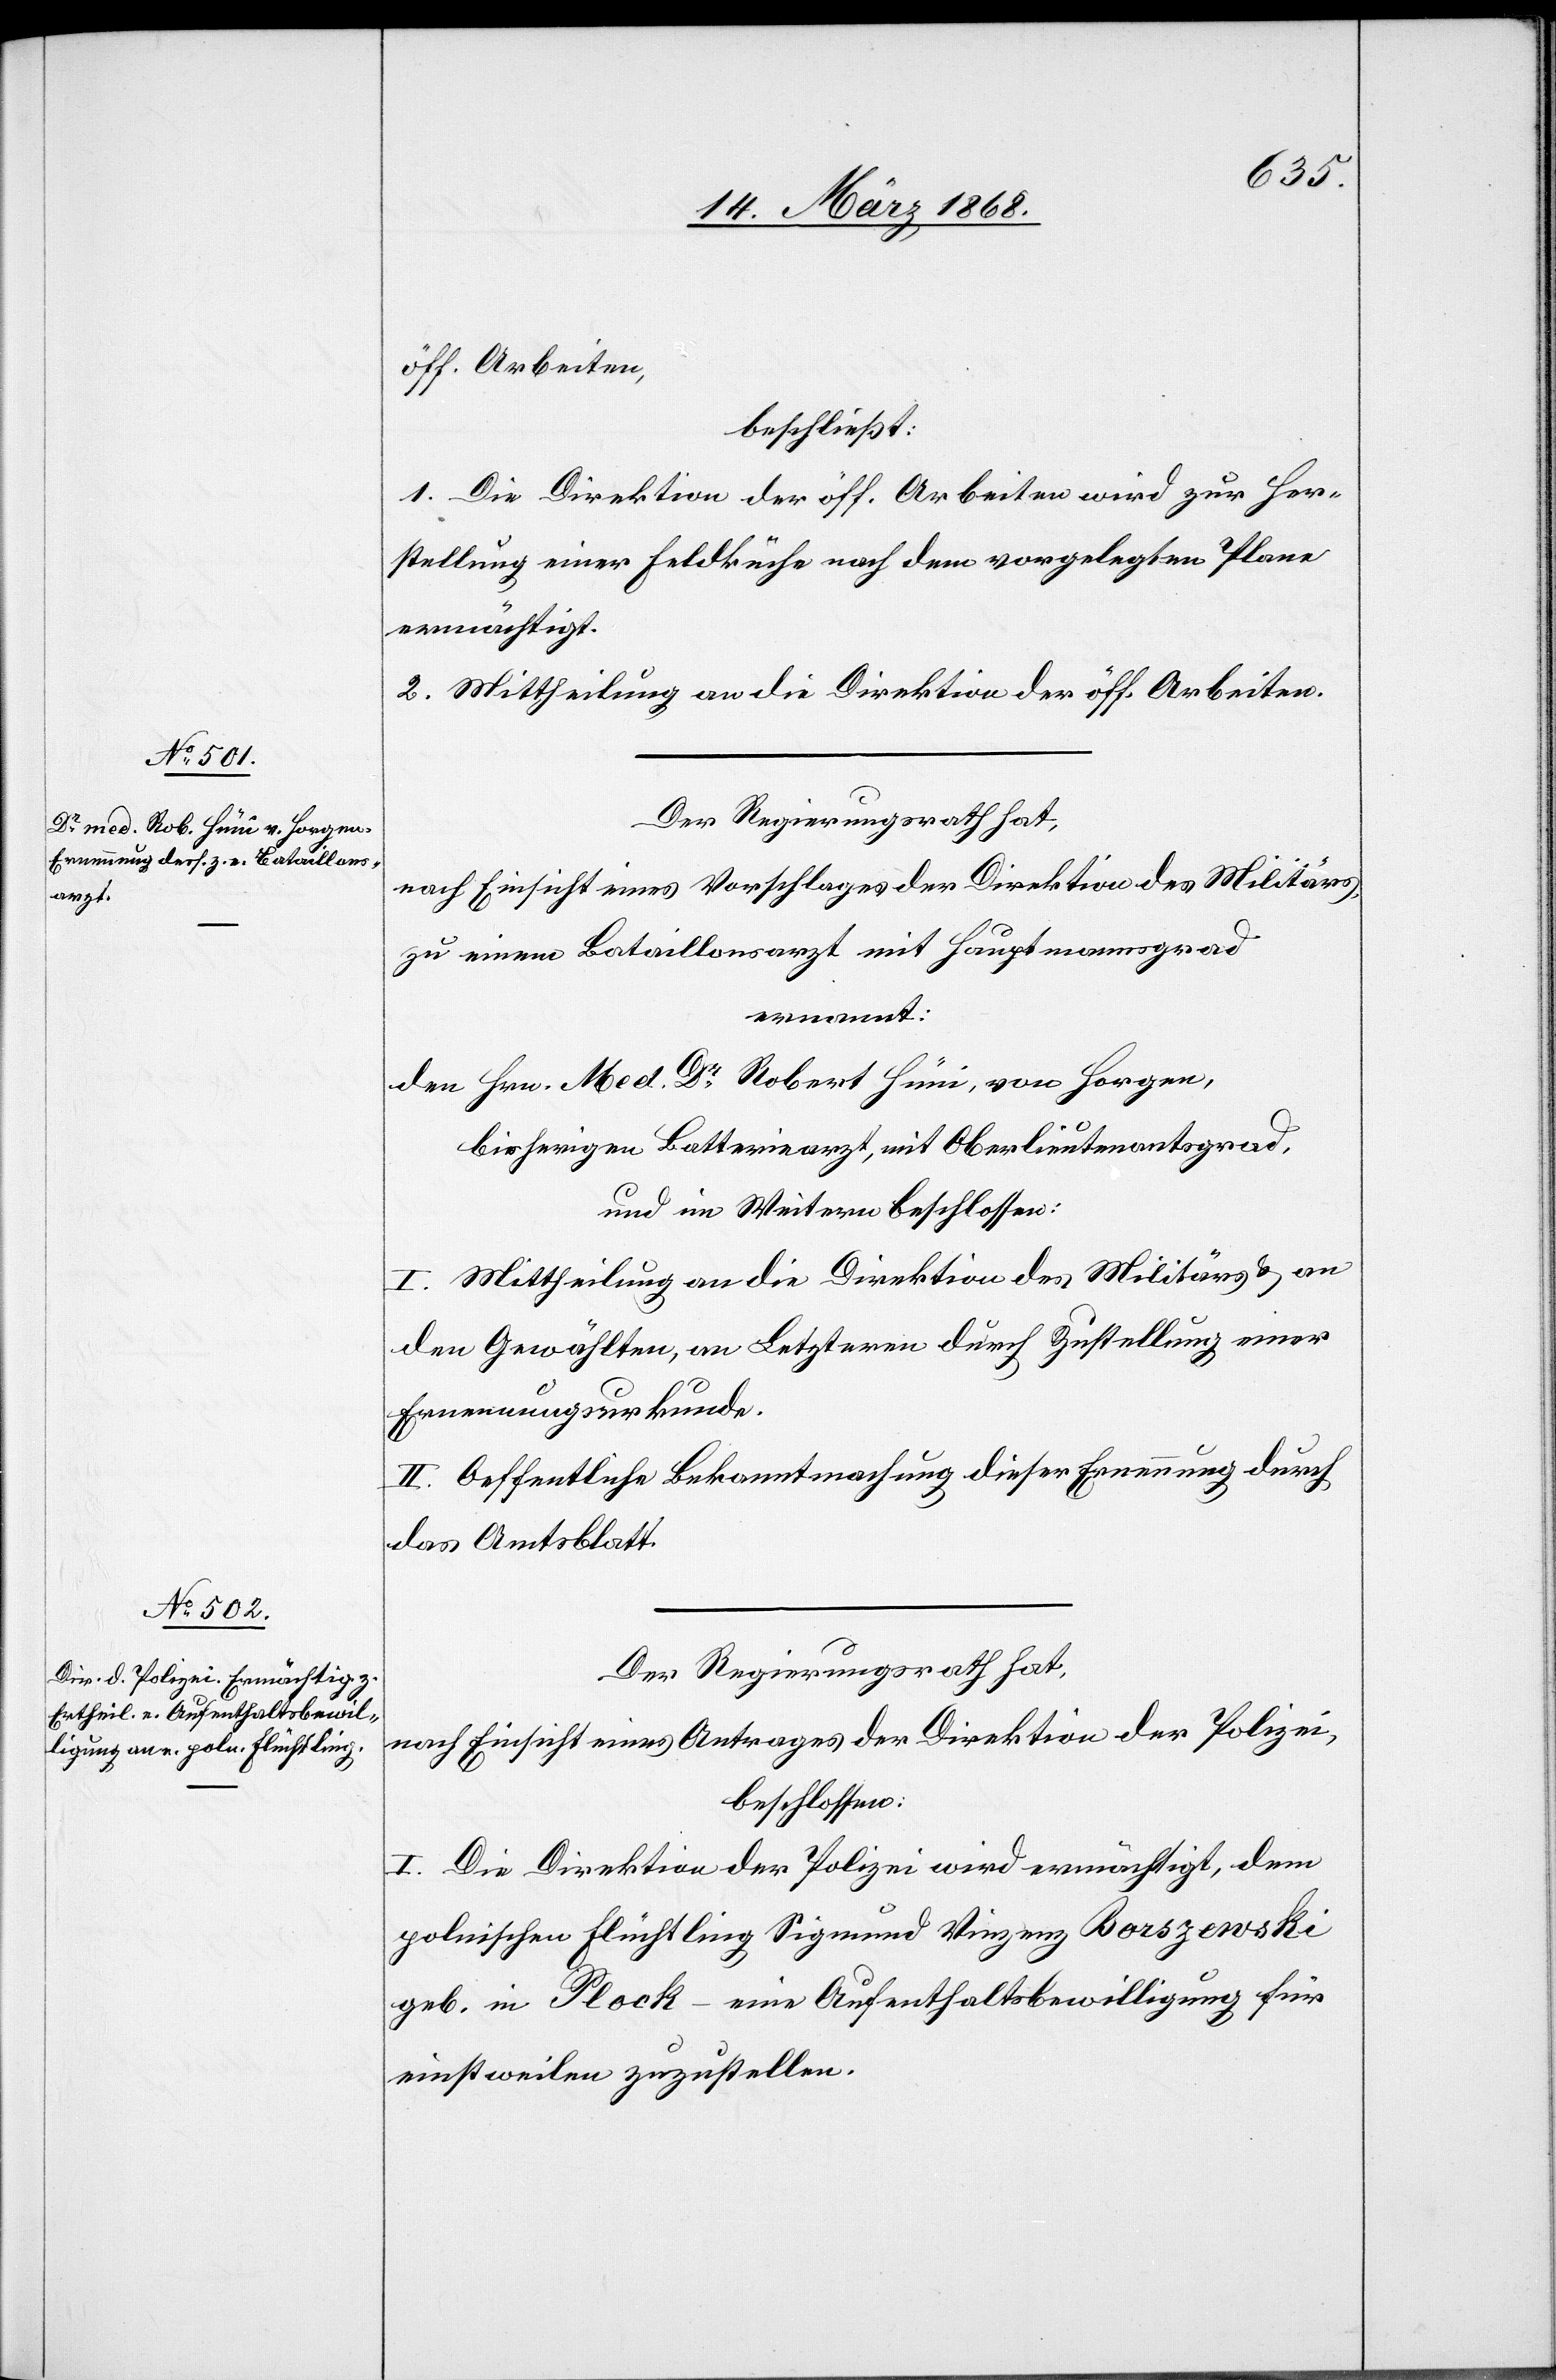
öff. Arbeiten,
beschließt:
1. Die Direktion der öff. Arbeiten wird zur Her¬
stellung einer Feldküche nach dem vorgelegten Plane
ermächtigt.
2. Mittheilung an die Direktion der öff. Arbeiten.
Der Regierungsrath hat,
nach Einsicht eines Vorschlages der Direktion des Militärs,
zu einem Bataillonsarzt mit Hauptmannsgrad
ernannt:
den Hrn. Med. Dr. Robert Hüni, von Horgen,
bisherigen Batteriearzt, mit Oberlieutenantsgrad,
und im Weitern beschlossen:
I. Mittheilung an die Direktion des Militärs & an
den Gewählten, an Letzteren durch Zustellung einer
Ernennungsurkunde.
II. Oeffentliche Bekanntmachung dieser Ernennung durch
das Amtsblatt.
Der Regierungsrath hat,
nach Einsicht eines Antrages der Direktion der Polizei,
beschlossen:
I. Die Direktion der Polizei wird ermächtigt, dem
polnischen Flüchtling Sigmund Vinzenz Borszewski
geb. in Plock – eine Aufenthaltsbewilligung für
einstweilen zuzustellen.